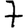
Digit: 7